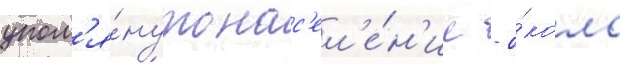
упом'я́нуто нас'ел'е́н'ие - о́коло